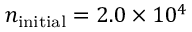
n _ { \mathrm { { i n i t i a l } } } = 2 . 0 \times 1 0 ^ { 4 }